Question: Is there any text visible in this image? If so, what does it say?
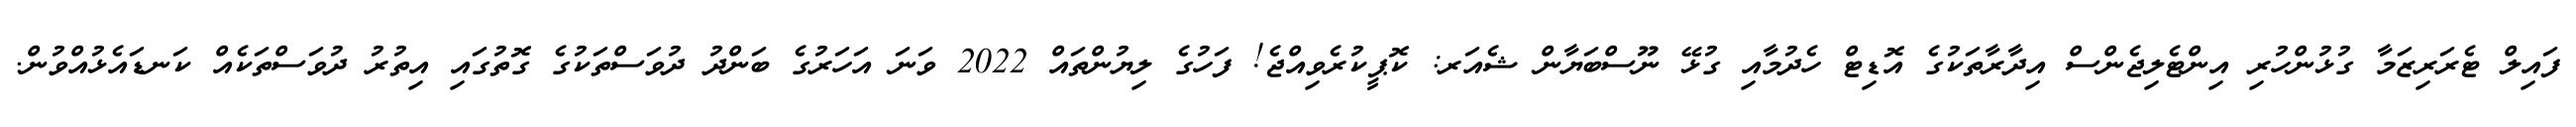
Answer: ފައިލް ޓެރަރިޒަމާ ގުޅުންހުރި އިންޓެލިޖެންސް އިދާރާތަކުގެ އޮޑިޓް ހެދުމާއި ގުޅޭ ނޫސްބަޔާން ޝެއަރ: ކޮޕީކުރެވިއްޖެ! ފަހުގެ ލިޔުންތައް 2022 ވަނަ އަހަރުގެ ބަންދު ދުވަސްތަކުގެ ގޮތުގައި އިތުރު ދުވަސްތަކެއް ކަނޑައެޅުއްވުން.